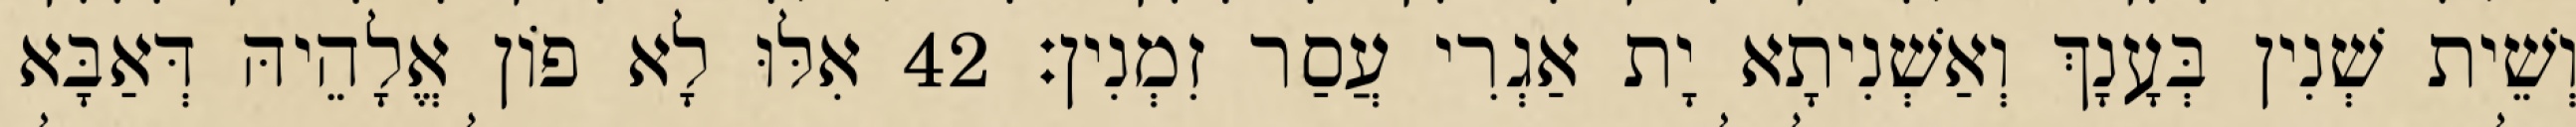
וְשֵׁית שְׁנִין בְּעָנָךְ וְאַשְׁנִיתָא יָת אַגְרִי עֲסַר זִמְנִין׃ 42 אִלּוּ לָא פוֹן אֱלָהֵיהּ דְּאַבָּא